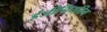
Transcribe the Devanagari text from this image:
ईजीनियरिग